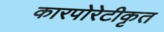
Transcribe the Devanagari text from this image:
कारपोरेटीकृत